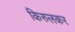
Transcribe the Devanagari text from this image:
किरुलकर